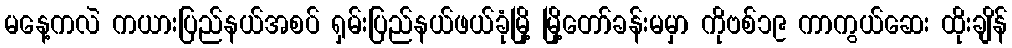
မနေ့ကလဲ ကယားပြည်နယ်အစပ် ရှမ်းပြည်နယ်ဖယ်ခုံမြို့ မြို့တော်ခန်းမမှာ ကိုဗစ်၁၉ ကာကွယ်ဆေး ထိုးချိန်